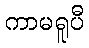
ကာမရူပီ